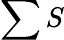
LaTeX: \sum S